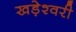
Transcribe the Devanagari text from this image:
खड़ेश्वरी